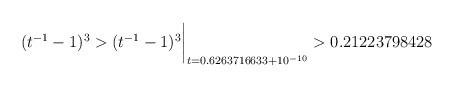
LaTeX: \begin{align*} (t^{-1}-1)^3 > (t^{-1}-1)^3\biggr\rvert_{t=0.6263716633 + 10^{-10}} > 0.21223798428 \quad\end{align*}